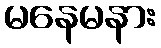
မနေမနား